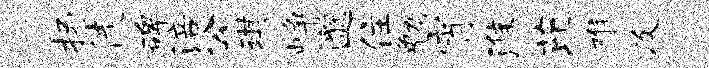
扬徒碑涪公琪峥邈住勉宵淮芘难及